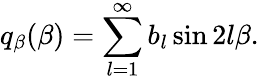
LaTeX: q_{\beta}(\beta)=\sum_{l=1}^{\infty}b_{l}\sin 2l\beta.